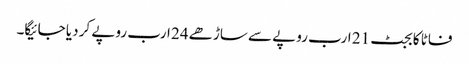
فاٹا کا بجٹ 21 ارب روپے سے ساڑھے 24 ارب روپے کر دیا جائیگا۔